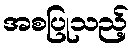
အစပြုသည့်